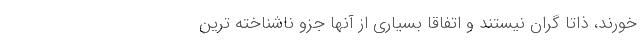
خورند، ذاتاً گران نیستند و اتفاقا بسیاری از آنها جزو ناشناخته ترین